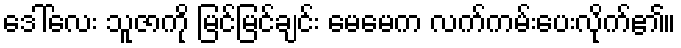
ဒေါ်လေး သူဇာကို မြင်မြင်ချင်း မေမေက လက်ကမ်းပေးလိုက်၏။